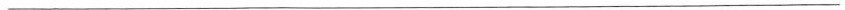
---------